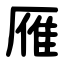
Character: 雁